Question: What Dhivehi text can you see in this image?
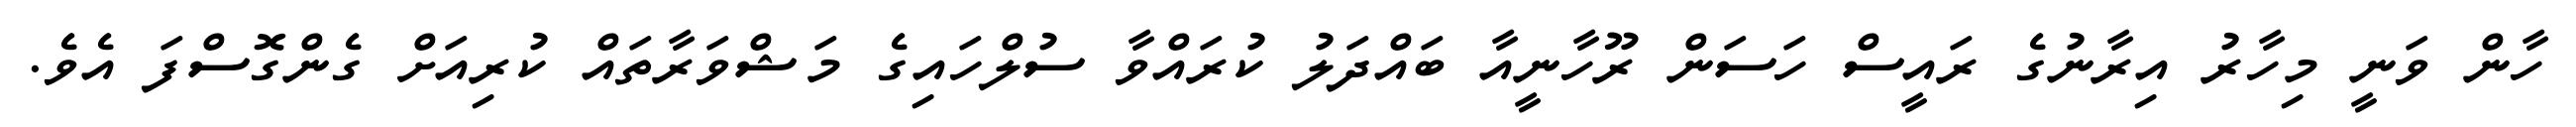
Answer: ހާން ވަނީ މިހާރު އިރާނުގެ ރައީސް ހަސަން ރޫހާނީއާ ބައްދަލު ކުރައްވާ ސުލްހައިގެ މަޝްވަރާތައް ކުރިއަށް ގެންގޮސްފަ އެވެ.